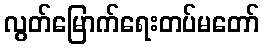
လွတ်မြောက်ရေးတပ်မတော်